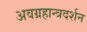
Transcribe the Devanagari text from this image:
अवग्रहान्त्रदर्शन